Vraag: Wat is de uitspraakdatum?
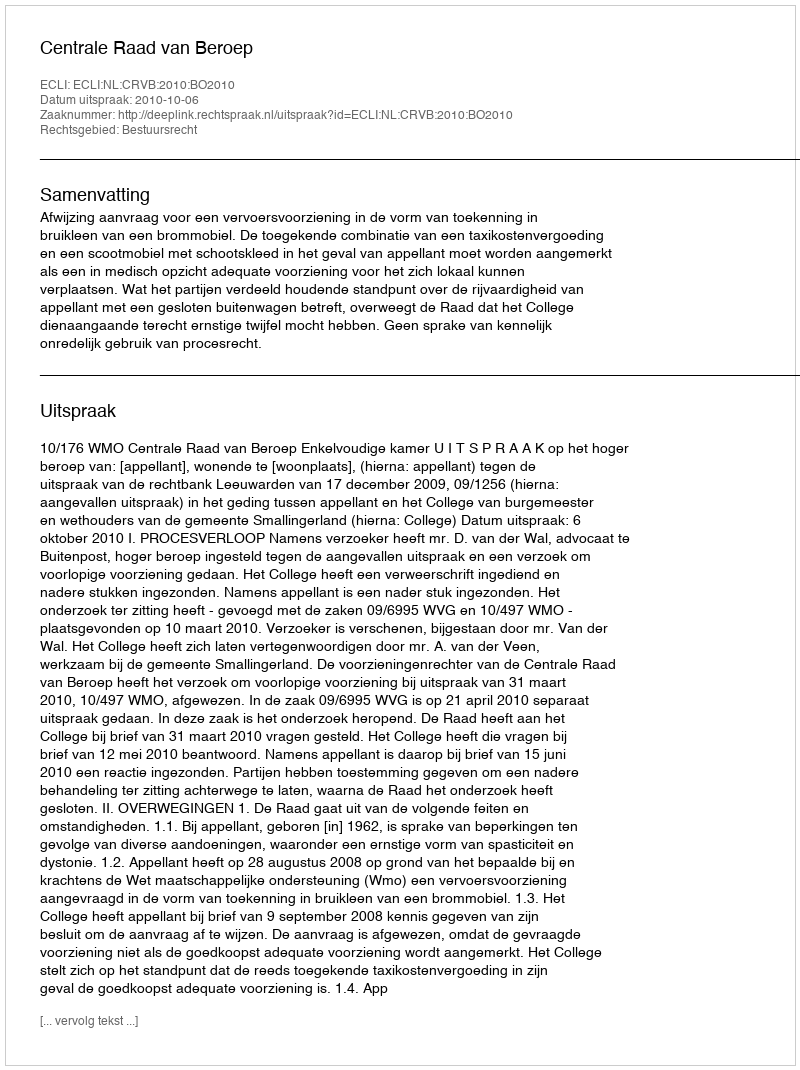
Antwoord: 2010-10-06